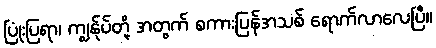
ပြုံးပြရာ၊ ကျွန်ုပ်တို့ အတွက် စကားပြန်အသစ် ရောက်လာလေပြီ။